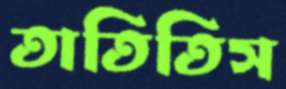
তাতিতিস